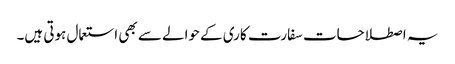
یہ اصطلاحات سفارت کاری کے حوالے سے بھی استعمال ہوتی ہیں۔